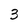
Character: 3